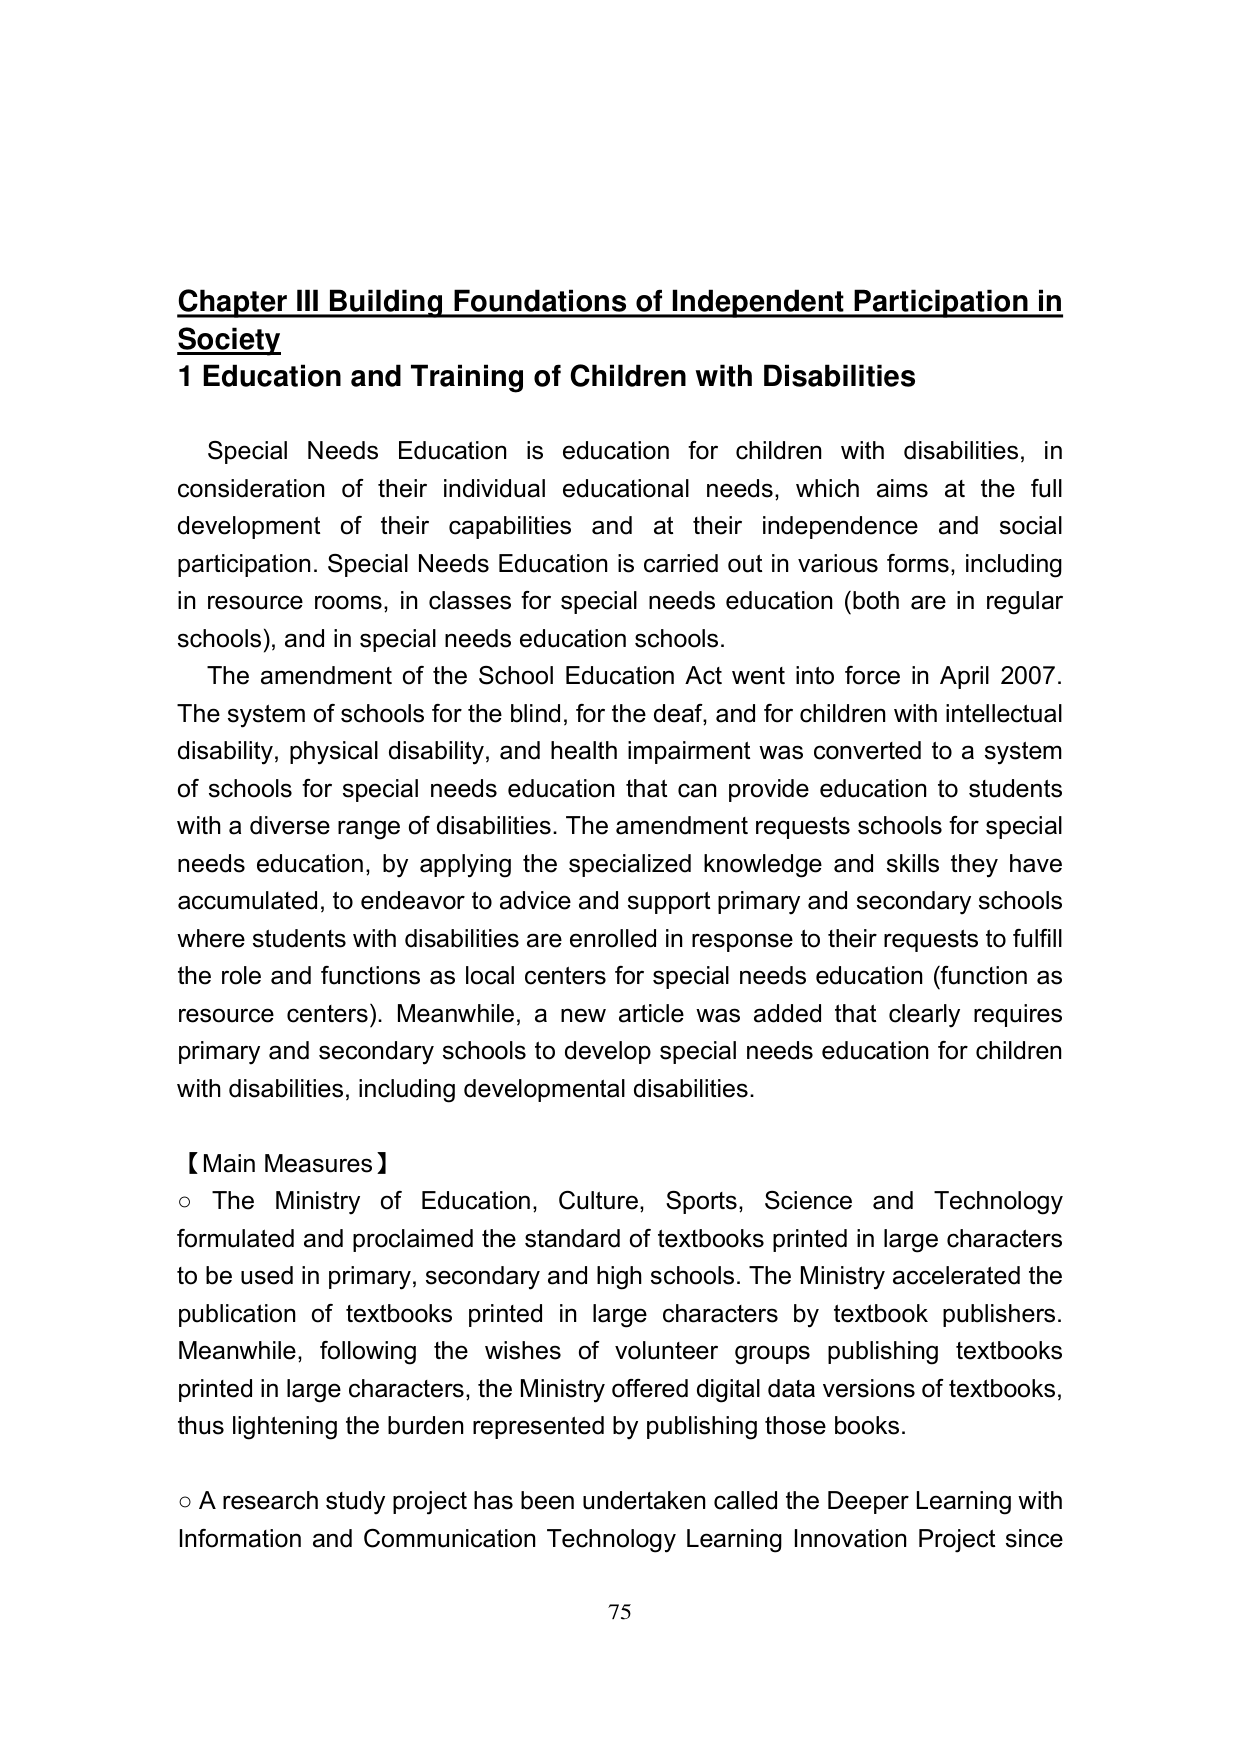
Chapter III Building Foundations of Independent Participation in Society
1 Education and Training of Children with Disabilities

Special Needs Education is education for children with disabilities, in consideration of their individual educational needs, which aims at the full development of their capabilities and at their independence and social participation. Special Needs Education is carried out in various forms, including in resource rooms, in classes for special needs education (both are in regular schools), and in special needs education schools.
The amendment of the School Education Act went into force in April 2007. The system of schools for the blind, for the deaf, and for children with intellectual disability, physical disability, and health impairment was converted to a system of schools for special needs education that can provide education to students with a diverse range of disabilities. The amendment requests schools for special needs education, by applying the specialized knowledge and skills they have accumulated, to endeavor to advice and support primary and secondary schools where students with disabilities are enrolled in response to their requests to fulfill the role and functions as local centers for special needs education (function as resource centers). Meanwhile, a new article was added that clearly requires primary and secondary schools to develop special needs education for children with disabilities, including developmental disabilities.

【Main Measures】
○ The Ministry of Education, Culture, Sports, Science and Technology formulated and proclaimed the standard of textbooks printed in large characters to be used in primary, secondary and high schools. The Ministry accelerated the publication of textbooks printed in large characters by textbook publishers. Meanwhile, following the wishes of volunteer groups publishing textbooks printed in large characters, the Ministry offered digital data versions of textbooks, thus lightening the burden represented by publishing those books.
○ A research study project has been undertaken called the Deeper Learning with Information and Communication Technology Learning Innovation Project since

75